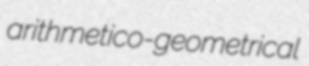
arithmetico-geometrical